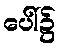
ပေါ်၌